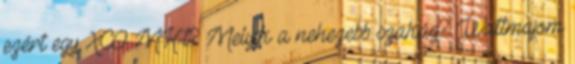
ezért egy XCO MK-t? Melyik a nehezebb szakág? Wattmajom